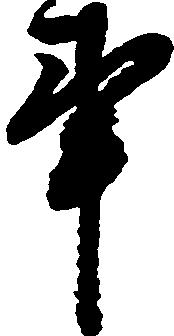
事